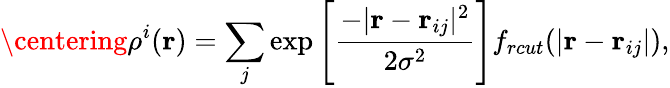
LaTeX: \centering\rho^{i}(\textbf{r})=\sum_{j}\exp\left[\frac{-|\textbf{r}-\textbf{r}_{ij}|^{2}}{2\sigma^{2}}\right]f_{rcut}(|\textbf{r}-\textbf{r}_{ij}|),